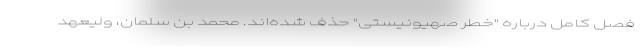
فصل کامل درباره "خطر صهیونیستی" حذف شده‌اند. محمد بن سلمان، ولیعهد